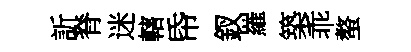
訢脊迷轄帋釵羅築乖螯